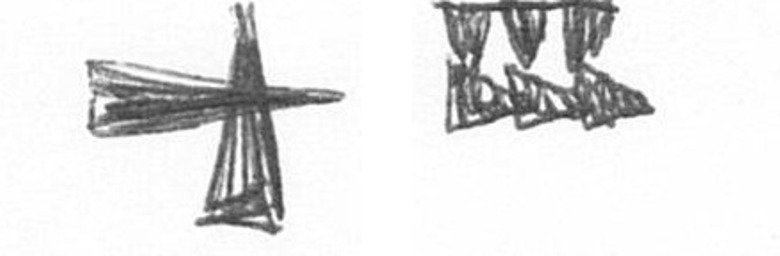
G D